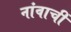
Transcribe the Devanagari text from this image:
नांवाचीं